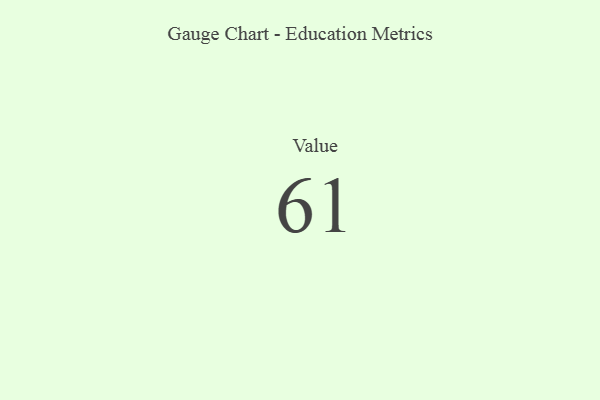
{"axis": {"x": "Metric", "y": "Value"}, "legend": [""], "data": [{"x": "Value", "y": 61, "type": ""}]}